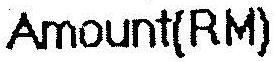
AMOUNT(RM)